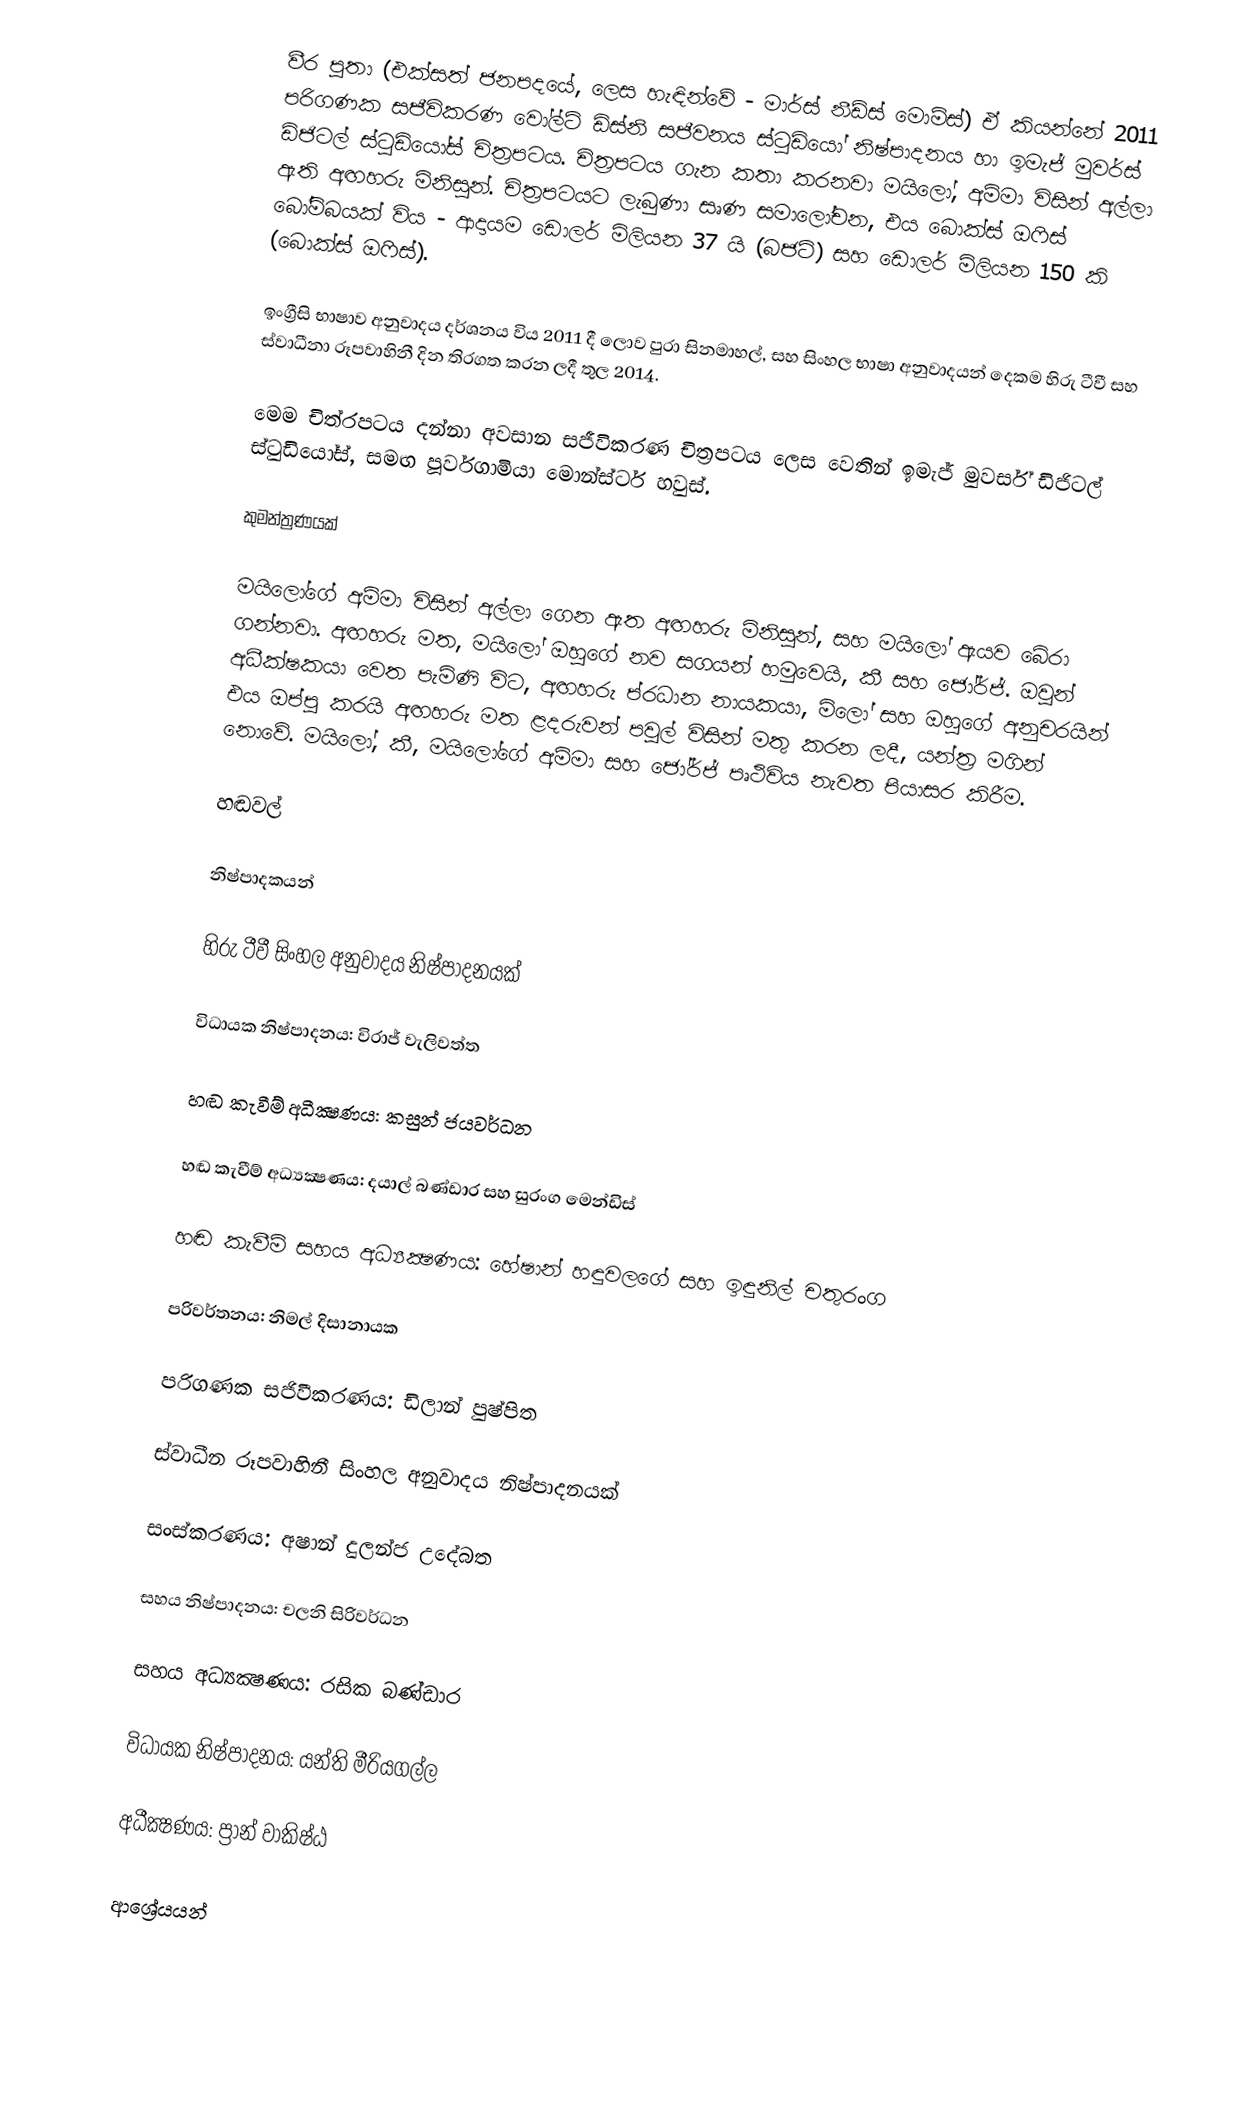
වීර පුතා (එක්සත් ජනපදයේ, ලෙස හැඳින්වේ - මාර්ස් නීඩ්ස් මොම්ස්)  ඒ කියන්නේ 2011 පරිගණක සජීවිකරණ වෝල්ට් ඩිස්නි සජීවනය ස්ටූඩියෝ නිෂ්පාදනය හා ඉමැජ් මුවර්ස් ඩිජිටල් ස්ටුඩියෝස් චිත්‍රපටය. චිත්‍රපටය ගැන කතා කරනවා මයිලෝ, අම්මා විසින් අල්ලා ඇති අඟහරු මිනිසුන්. චිත්‍රපටයට ලැබුණා සෘණ සමාලෝචන, එය බොක්ස් ඔෆිස් බෝම්බයක් විය - ආදායම ඩොලර් මිලියන 37 යි (බජට්) සහ ඩොලර් මිලියන 150 කි (බොක්ස් ඔෆිස්).

ඉංග්‍රීසි භාෂාව අනුවාදය දර්ශනය විය 2011 දී ලොව පුරා සිනමාහල්, සහ සිංහල භාෂා අනුවාදයන් දෙකම හිරු ටීවී සහ ස්වාධීනා රූපවාහිනී දින තිරගත කරන ලදී තුල 2014.

මෙම චිත්රපටය දන්නා අවසාන සජීවිකරණ චිත්‍රපටය ලෙස වෙතින් ඉමැජ් මුවර්ස් ඩිජිටල් ස්ටුඩියෝස්, සමඟ පූර්වගාමියා මොන්ස්ටර් හවුස්.

කුමන්ත්‍රණයක්

මයිලෝගේ අම්මා විසින් අල්ලා ගෙන ඇත අඟහරු මිනිසුන්, සහ මයිලෝ ඇයව බේරා ගන්නවා. අඟහරු මත, මයිලෝ ඔහුගේ නව සගයන් හමුවෙයි, කී සහ ජෝර්ජ්. ඔවුන් අධීක්ෂකයා වෙත පැමිණි විට, අඟහරු ප්රධාන නායකයා, මිලෝ සහ ඔහුගේ අනුචරයින් එය ඔප්පු කරයි අඟහරු මත ළදරුවන් පවුල් විසින් මතු කරන ලදී, යන්ත්‍ර මගින් නොවේ. මයිලෝ, කී, මයිලෝගේ අම්මා සහ ජෝර්ජ් පෘථිවිය නැවත පියාසර කිරීම.

හඬවල්

නිෂ්පාදකයන්

හිරු ටීවී සිංහල අනුවාදය නිෂ්පාදනයක්

විධායක නිෂ්පාදනය: විරාජ් වැලිවත්ත

හඬ කැවීම් අධීක්‍ෂණය: කසුන් ජයවර්ධන

හඬ කැවීම් අධ්‍යක්‍ෂණය: දයාල් බණ්ඩාර සහ සුරංග මෙන්ඩිස්

හඬ කැවීම් සහය අධ්‍යක්‍ෂණය: හේෂාන් හඳුවලගේ සහ ඉඳුනිල් චතුරංග

පරිවර්තනය: නිමල් දිසානායක

පරිගණක සජිවීකරණය: ඩිලාන් පුෂ්පිත

ස්වාධීන රූපවාහිනී සිංහල අනුවාදය නිෂ්පාදනයක්

සංස්කරණය: අෂාන් දුලන්ජ උදේබත

සහය නිෂ්පාදනය: චලනි සිරිවර්ධන

සහය අධ්‍යක්‍ෂණය: රසික බණ්ඩාර

විධායක නිෂ්පාදනය: යන්ති මීරියගල්ල

අධීක්‍ෂණය: ප්‍රාන් වාකිෂ්ඨ

ආශ්‍රේයයන්